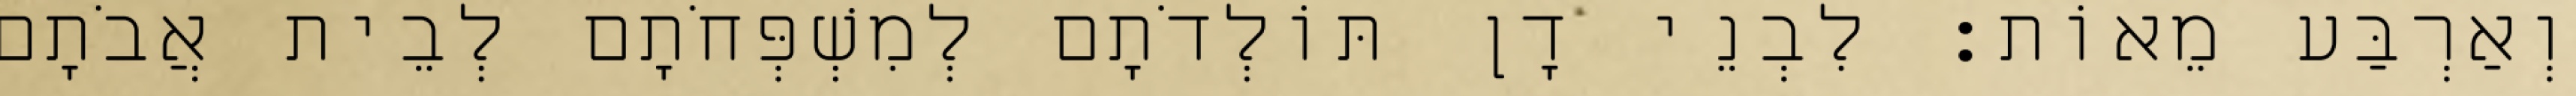
וְאַרְבַּע מֵאוֹת׃ לִבְנֵי דָן תּוֹלְדֹתָם לְמִשְׁפְּחֹתָם לְבֵית אֲבֹתָם